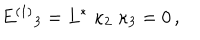
E ^ { ( 1 ) } { } _ { 3 } = L ^ { * } \; \kappa _ { 2 } \; \kappa _ { 3 } = 0 \, ,